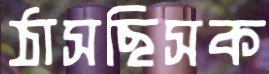
ঠাসছিসক